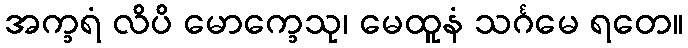
အက္ခရံ လိပိ မောက္ခေသု၊ မေထူနံ သင်္ဂမေ ရတေ။